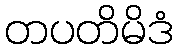
တပတိမိဒံ